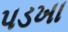
પડખા